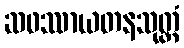
ဆဖဿာယတနသုတ္တံ